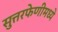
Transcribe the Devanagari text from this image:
सुत्तरफेणीमध्ये